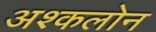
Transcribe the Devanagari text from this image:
अश्कलोन